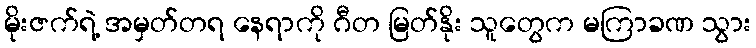
မိုးဇက်ရဲ့ အမှတ်တရ နေရာကို ဂီတ မြတ်နိုး သူတွေက မကြာခဏ သွား